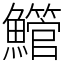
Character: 䲘